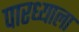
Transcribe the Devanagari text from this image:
पारध्याला